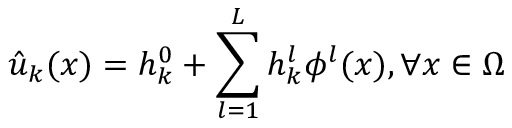
\hat { u } _ { k } ( x ) = h _ { k } ^ { 0 } + \sum _ { l = 1 } ^ { L } h _ { k } ^ { l } \phi ^ { l } ( x ) , \forall x \in \Omega